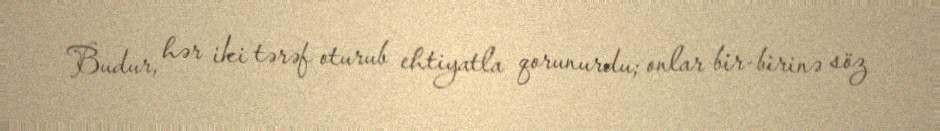
Budur, hər iki tərəf oturub ehtiyatla qorunurdu; onlar bir-birinə söz